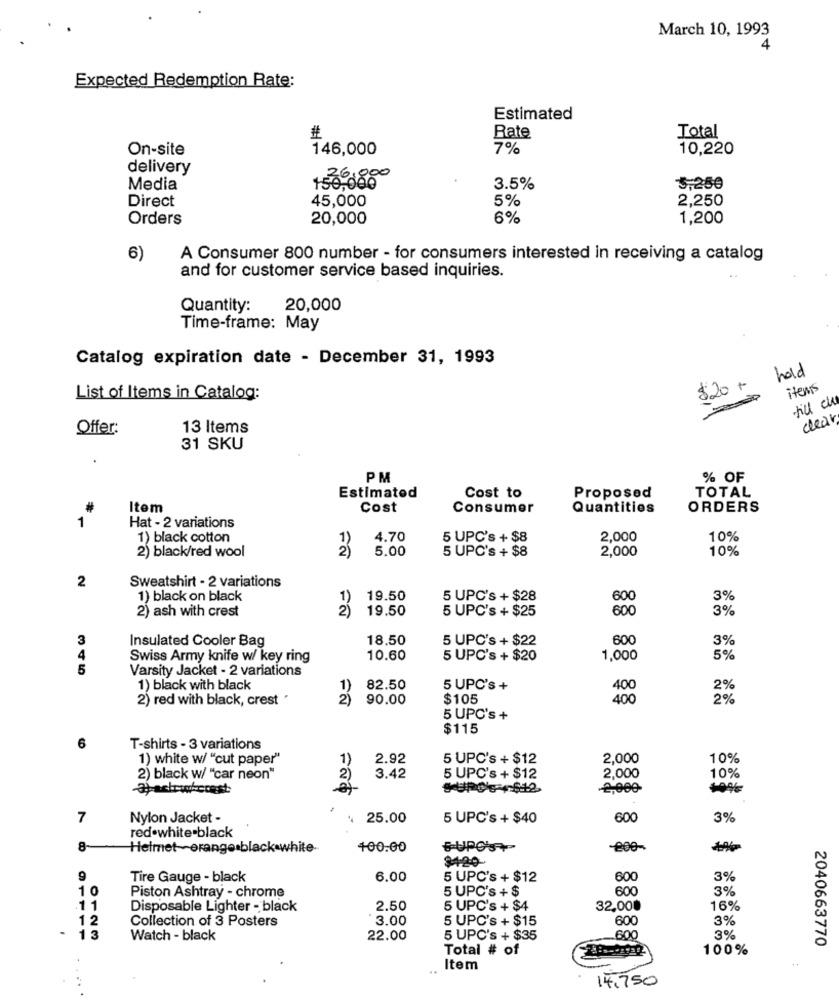
March 10, 1993
Expected Redemption Rate:
Estimated
Total
#
Rate
On-site
146,000
7%
10,220
delivery
1800
Media
3.5%
5,250
Direct
45,000
5%
2,250
Orders
20,000
6%
1,200
6)
A Consumer 800 number - for consumers interested in receiving a catalog
and for customer service based inquiries.
Quantity:
20,000
Time-frame: May
Catalog expiration date - December 31, 1993
hold
$20 +
items
List of Items in Catalog:
till cu
clear
Offer:
13 Items
31 SKU
PM
% OF
Proposed
TOTAL
Estimated
Cost to
Item
Cost
Consumer
Quantities
ORDERS
1
Hat - 2 variations
1) black cotton
4.70
5 UPC's + $8
2,000
10%
2) black/red wool
5.00
5 UPC's + $8
2,000
10%
2
Sweatshirt - 2 variations
1) black on black
1)
19.50
5 UPC's + $28
600
3%
2) ash with crest
19,50
5 UPC's + $25
600
3%
3
Insulated Cooler Bag
18.50
5 UPC's + $22
600
3%
4
Swiss Army knife w/ key ring
10.60
5 UPC's + $20
1,000
5%
5
Varsity Jacket - 2 variations
1) black with black
1)
82.50
5 UPC's +
400
2) red with black, crest
2)
90.00
$105
400
5 UPC's +
$115
6
T-shirts - 3 variations
1) white w/ "cut paper"
1)
2.92
5 UPC's + $12
2,000
10%
2.000
2) black w/ "car neon"
2)
3.42
5 UPC's + $12
10%
-3)-achtwherest
2,000
7
Nylon Jacket -
25.00
5 UPC's + $40
600
3%
red.white-black
8
Helmet-orange black white-
100.00
BUPC'S
-200-
9
Tire Gauge - black
6.00
5 UPC's + $12
600
3%
10
Piston Ashtray - chrome
600
3%
5 UPC's + $
11
Disposable Lighter - black
2.50
5 UPC's + $4
32,000
16%
12
Collection of 3 Posters
3.00
5 UPC's + $15
600
3%
13
Watch - black
22.00
5 UPC's + $35
600
3%
Total # of
100%
2040663770
..
Item
14,750